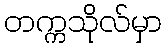
တက္ကသိုလ်မှာ